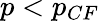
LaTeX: p<p_{CF}